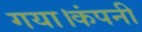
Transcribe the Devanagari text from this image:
गया।कंपनी